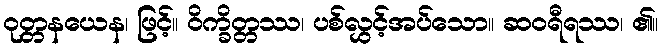
ဝုတ္တနယေန၊ ဖြင့်။ ဝိက္ခိတ္တဿ၊ ပစ်လွှင့်အပ်သော။ ဆဝရီရဿ၊ ၏။